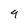
Character: 9